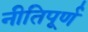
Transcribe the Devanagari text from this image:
नीतिपूर्ण